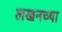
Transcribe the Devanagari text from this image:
लखनच्या